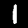
Label: 1